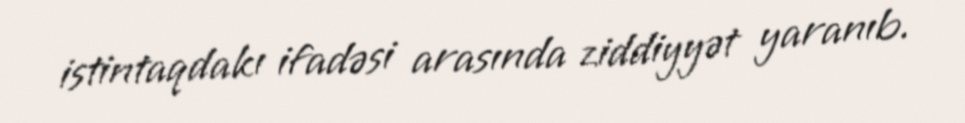
istintaqdakı ifadəsi arasında ziddiyyət yaranıb.